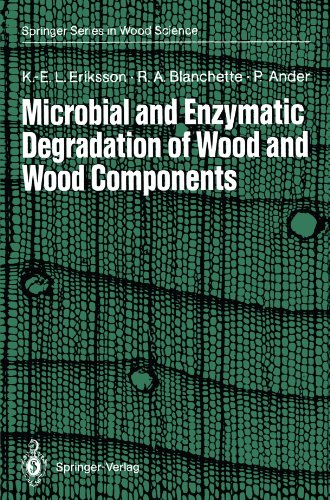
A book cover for Microbial and Enzymatic Degradation of Wood and Wood Components (Springer Series in Wood Science); Karl-Erik L. Eriksson; Science & Math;